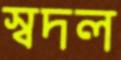
স্বদল